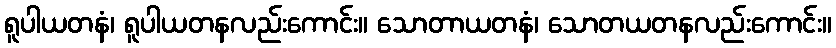
ရူပါယတနံ၊ ရူပါယတနလည်းကောင်း။ သောတာယတနံ၊ သောတယတနလည်းကောင်း။